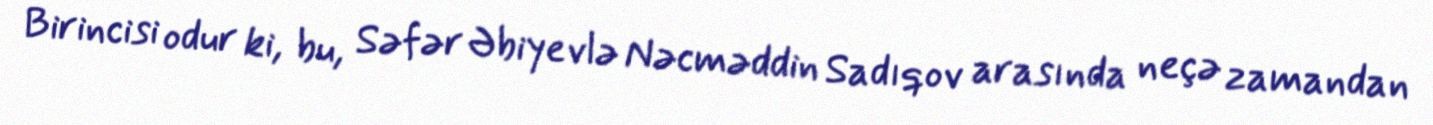
Birincisi odur ki, bu, Səfər Əbiyevlə Nəcməddin Sadıqov arasında neçə zamandan